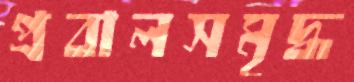
প্রবালসমৃদ্ধ